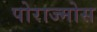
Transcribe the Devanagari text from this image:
पोराज्मोस